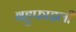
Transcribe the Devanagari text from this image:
बहुफाइली